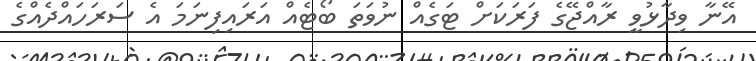
އޭނާ ވިދާޅުވީ ރާއްޖޭގެ ފަރަކަށް ޓަގެއް ނުވަތަ ބޯޓެއް އަރައިފިނަމަ އެ ސަރަހައްދެއްގެ